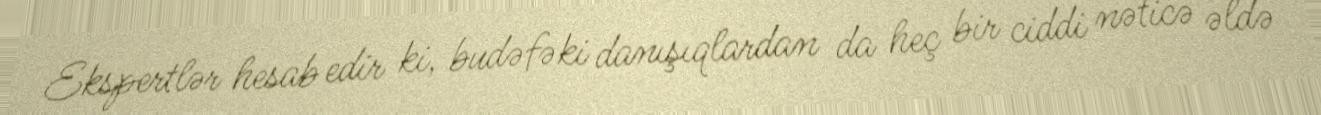
Ekspertlər hesab edir ki, budəfəki danışıqlardan da heç bir ciddi nəticə əldə